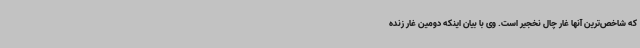
که شاخص‌ترین آنها غار چال نخجیر است. وی با بیان اینکه دومین غار زنده